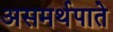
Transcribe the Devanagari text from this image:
असमर्थपाते